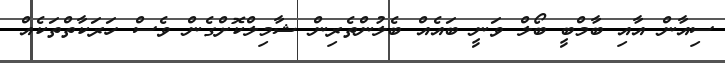
ސިއާން އާއި ބާމްބީ ބޯލް ވަނީ ބައެއް ބެލުންތެރިން ޝާމިލްކޮށްގެން ވެސް ހަރަކާތްތަކެއް